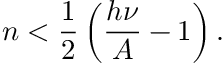
n < \frac { 1 } { 2 } \left( \frac { h \nu } { A } - 1 \right) .